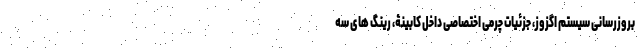
بروزرسانی سیستم اگزوز، جزئیات چرمی اختصاصی داخل کابینۀ، رینگ های سه